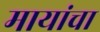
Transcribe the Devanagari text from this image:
मायांचा